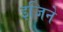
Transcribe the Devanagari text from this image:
इजिने